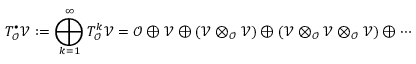
T _ { \mathcal O } ^ { \bullet } \mathcal V : = \bigoplus _ { k = 1 } ^ { \infty } T _ { \mathcal O } ^ { k } \mathcal { V } = \mathcal { O } \oplus \mathcal { V } \oplus ( \mathcal { V } \otimes _ { \mathcal { O } } \mathcal { V } ) \oplus ( \mathcal { V } \otimes _ { \mathcal { O } } \mathcal { V } \otimes _ { \mathcal { O } } \mathcal { V } ) \oplus \cdots